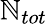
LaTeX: \mathbb{N}_{tot}